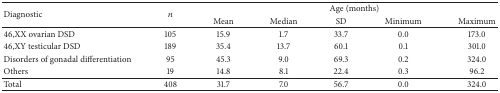
<table><thead><tr><td rowspan="2"><b>Diagnostic</b></td><td rowspan="2"><b><i>n</i></b></td><td colspan="5"><b>Age (months)</b></td></tr><tr><td><b>Mean</b></td><td><b>Median</b></td><td><b>SD</b></td><td><b>Minimum</b></td><td><b>Maximum</b></td></tr></thead><tbody><tr><td>46,XX ovarian DSD</td><td>105</td><td>15.9</td><td>1.7</td><td>33.7</td><td>0.0</td><td>173.0</td></tr><tr><td>46,XY testicular DSD</td><td>189</td><td>35.4</td><td>13.7</td><td>60.1</td><td>0.1</td><td>301.0</td></tr><tr><td>Disorders of gonadal differentiation</td><td>95</td><td>45.3</td><td>9.0</td><td>69.3</td><td>0.2</td><td>324.0</td></tr><tr><td>Others</td><td>19</td><td>14.8</td><td>8.1</td><td>22.4</td><td>0.3</td><td>96.2</td></tr><tr><td>Total</td><td>408</td><td>31.7</td><td>7.0</td><td>56.7</td><td>0.0</td><td>324.0</td></tr></tbody></table>